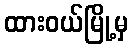
ထားဝယ်မြို့မှ